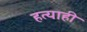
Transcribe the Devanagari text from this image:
हत्याही